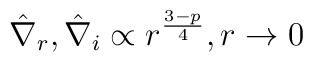
\hat \nabla_r , \hat \nabla_i \propto r^{3-p\over 4}   , r \rightarrow 0